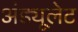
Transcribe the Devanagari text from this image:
अंड्यूलेट